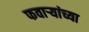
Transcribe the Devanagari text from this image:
फवार्‍यांच्या